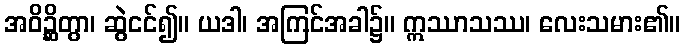
အဝိဉ္ဆိတွာ၊ ဆွဲငင်၍။ ယဒါ၊ အကြင်အခါ၌။ ဣဿာသဿ၊ လေးသမား၏။